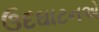
ઉદઘાટનએ